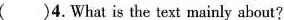
( )4.What is the text mainly about?